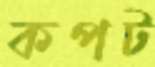
কপট